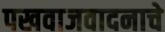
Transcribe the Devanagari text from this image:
पखवाजवादनाचे